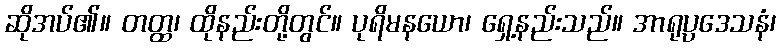
ဆိုအပ်၏။ တတ္ထ၊ ထိုနည်းတို့တွင်။ ပုရိမနယော၊ ရှေ့နည်းသည်။ အာရုပ္ပဒေသနံ၊